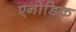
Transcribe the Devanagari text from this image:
एनोडिक